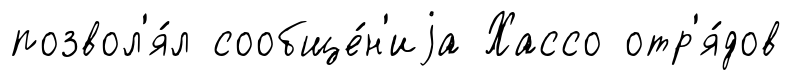
позвол'я́л сообще́н'иjа Хассо отр'я́дов